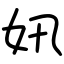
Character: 㚨